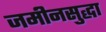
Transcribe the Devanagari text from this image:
जमीनसुद्धा